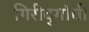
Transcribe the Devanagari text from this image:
गिरीदुर्गाची